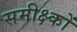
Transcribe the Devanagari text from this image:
समीक्ष्कों